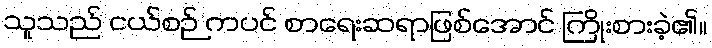
သူသည် ငယ်စဉ် ကပင် စာရေးဆရာဖြစ်အောင် ကြိုးစားခဲ့၏။